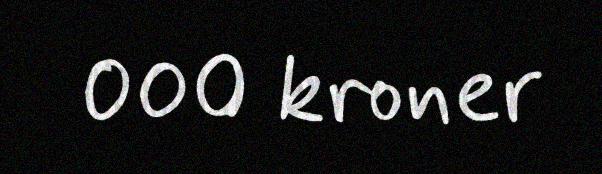
000 kroner